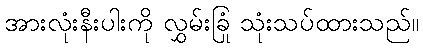
အားလုံးနီးပါးကို လွှမ်းခြုံ သုံးသပ်ထားသည်။